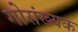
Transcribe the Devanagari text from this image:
गोसंख्यक